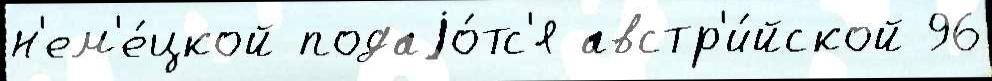
н'ем'е́цкой подаjо́тс'я австр'и́йской 96